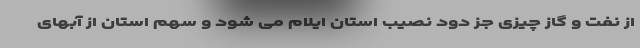
از نفت و گاز چیزی جز دود نصیب استان ایلام می شود و سهم استان از آبهای